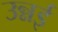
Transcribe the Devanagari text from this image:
उन्नई